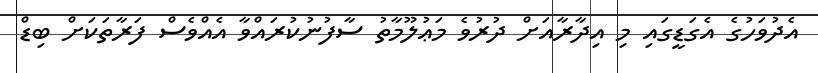
އެދުވަހުގެ އެގަޑީގައި މި އިދާރާއަށް ދުރުވެ މަޢުލޫމާތު ސާފުނުކުރައްވާ އެއްވެސް ފަރާތަކަށް ބިޑް